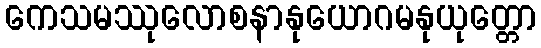
ကေသမဿုလောစနာနုယောဂမနုယုတ္တော